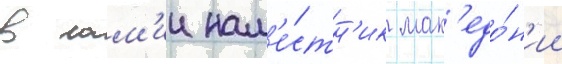
в лам'ии нам'е́стн'ик мак'едо́н'ии